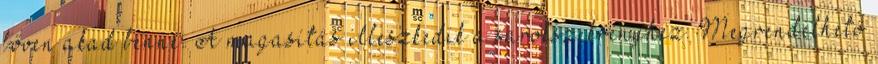
bőven akad benne. A magasítás illeszkedik a sarokszekrényhez. Megrendelhető